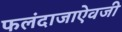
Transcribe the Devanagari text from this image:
फलंदाजाऐवजी